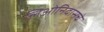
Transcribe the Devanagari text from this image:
लिओनिदासचे